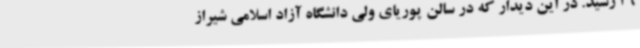
26 رسید. در این دیدار که در سالن پوریای ولی دانشگاه آزاد اسلامی شیراز